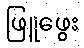
ဖြူဖွေး